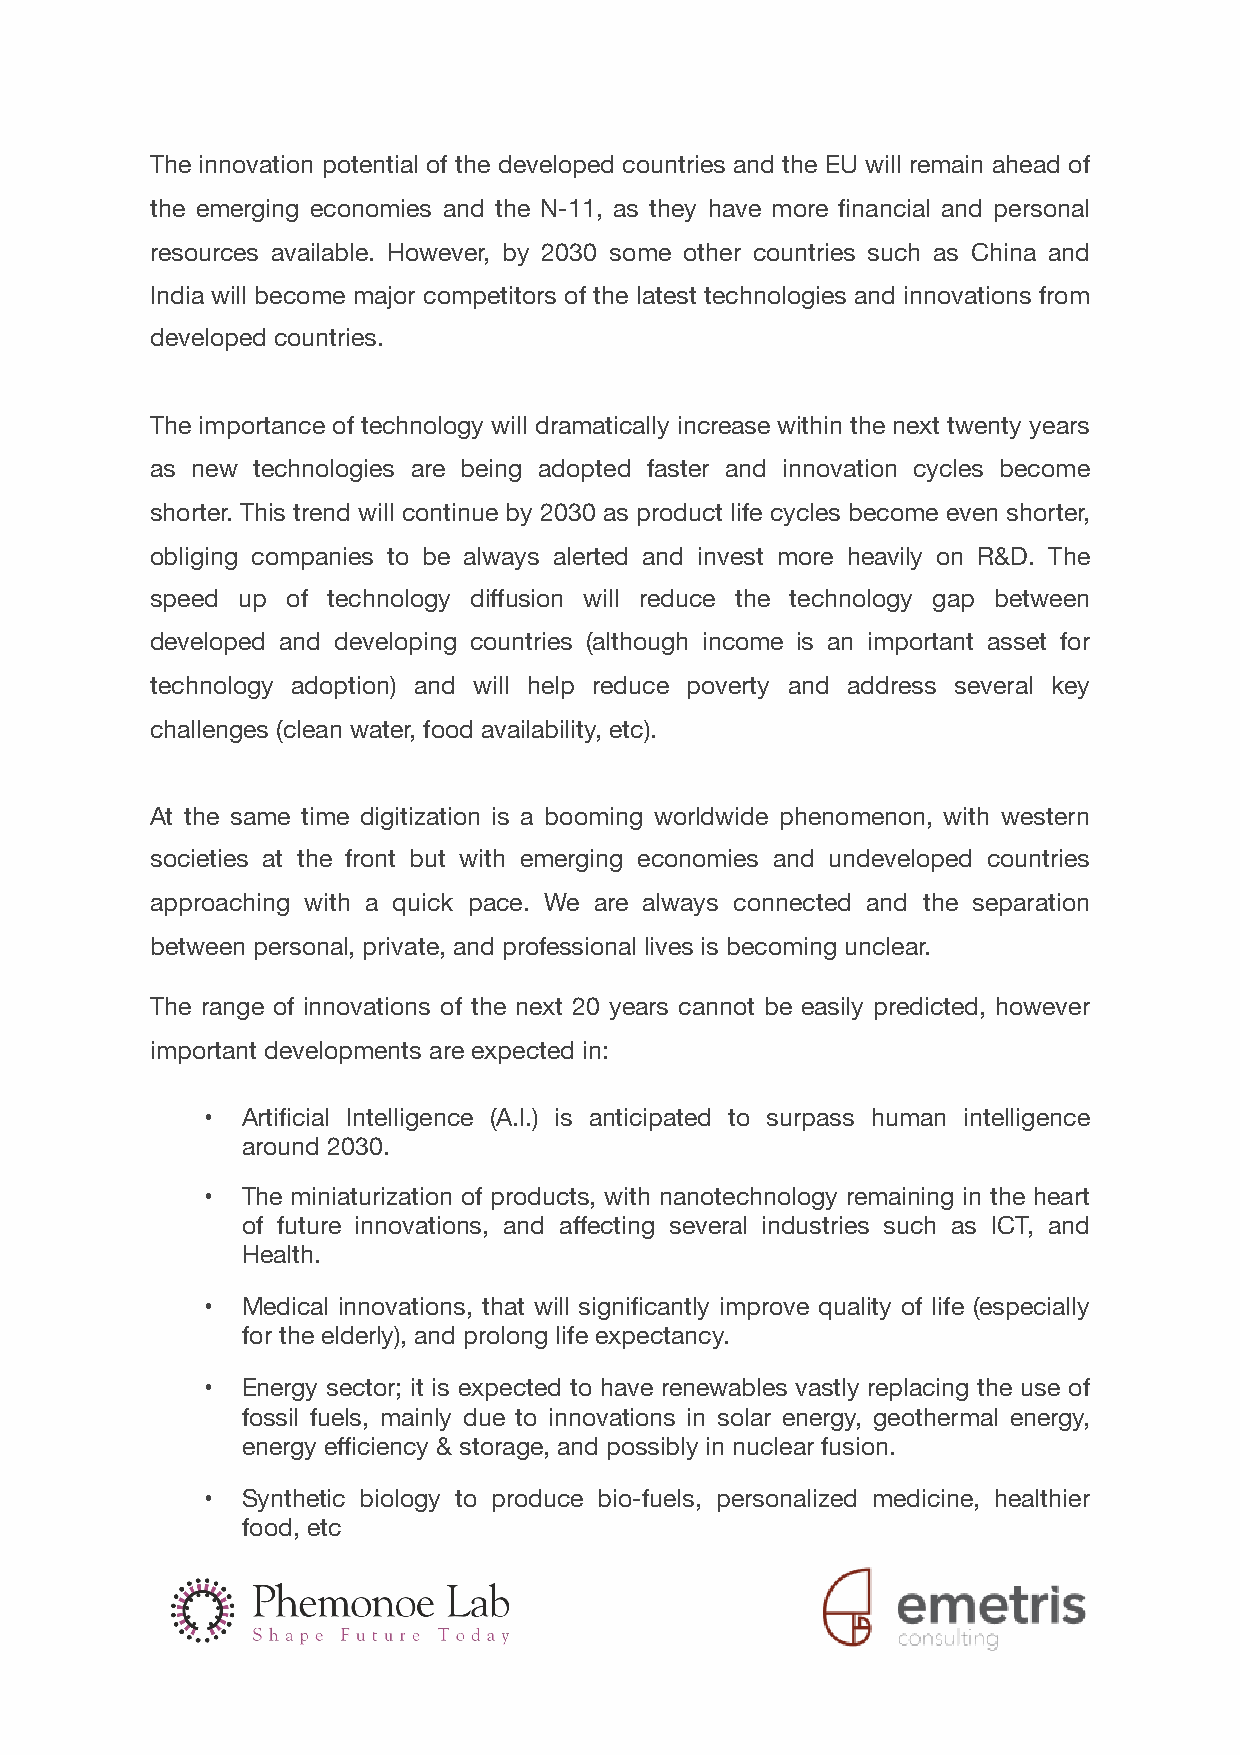
The innovation potential of the developed countries and the EU will remain ahead of
 the emerging economies and the N-11, as they have more financial and personal
 resources available. However, by 2030 some other countries such as China and
 India will become major competitors of the latest technologies and innovations from
 developed countries.
 The importance of technology will dramatically increase within the next twenty years
 as new technologies are being adopted faster and innovation cycles become
 shorter. This trend will continue by 2030 as product life cycles become even shorter,
 obliging companies to be always alerted and invest more heavily on R&D. The
 speed up of technology diffusion will reduce the technology gap between
 developed and developing countries (although income is an important asset for
 technology adoption) and will help reduce poverty and address several key
 challenges (clean water, food availability, etc).
 At the same time digitization is a booming worldwide phenomenon, with western
 societies at the front but with emerging economies and undeveloped countries
 approaching with a quick pace. We are always connected and the separation
 between personal, private, and professional lives is becoming unclear.
 The range of innovations of the next 20 years cannot be easily predicted, however
 important developments are expected in:
 • Artificial Intelligence (A.I.) is anticipated to surpass human intelligence
 around 2030.
 • The miniaturization of products, with nanotechnology remaining in the heart
 of future innovations, and affecting several industries such as ICT, and
 Health.
 • Medical innovations, that will significantly improve quality of life (especially
 for the elderly), and prolong life expectancy.
 • Energy sector; it is expected to have renewables vastly replacing the use of
 fossil fuels, mainly due to innovations in solar energy, geothermal energy,
 energy efficiency & storage, and possibly in nuclear fusion.
 • Synthetic biology to produce bio-fuels, personalized medicine, healthier
 food, etc